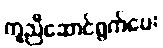
ကူညီဆောင်ရွက်ပေး